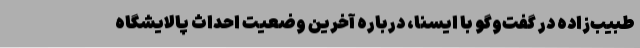
طبیب‌زاده در گفت‌وگو با ایسنا، درباره آخرین وضعیت احداث پالایشگاه